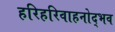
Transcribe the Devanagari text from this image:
हरिहरिवाहनोद्भव